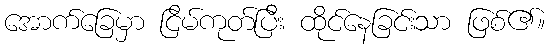
အောက်ခြေမှာ ငြိမ်ကုတ်ပြီး ထိုင်နေခြင်းသာ ဖြစ်၏။